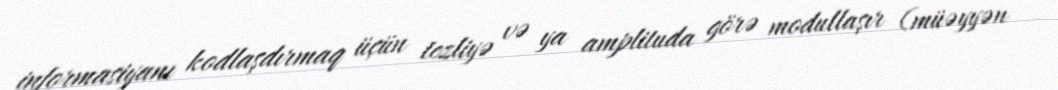
informasiyanı kodlaşdırmaq üçün tezliyə və ya amplituda görə modullaşır (müəyyən